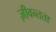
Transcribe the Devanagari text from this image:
ज़ीवन्तता